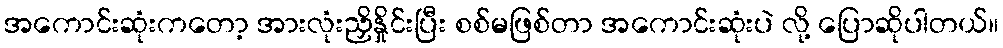
အကောင်းဆုံးကတော့ အားလုံးညှိနှိုင်းပြီး စစ်မဖြစ်တာ အကောင်းဆုံးပဲ လို့ ပြောဆိုပါတယ်။